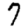
Digit: 7